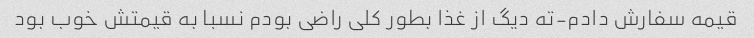
قیمه سفارش دادم-ته دیگ از غذا بطور کلی راضی بودم نسبا به قیمتش خوب بود